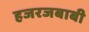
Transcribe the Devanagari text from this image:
हजरजबाबी